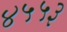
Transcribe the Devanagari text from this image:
४५५३